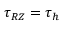
\tau _ { R Z } = \tau _ { h }